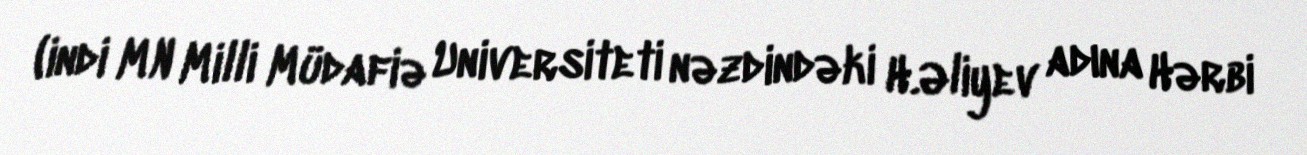
(indi MN Milli Müdafiə Universiteti nəzdindəki H.Əliyev adına Hərbi